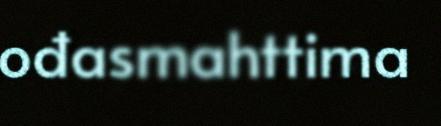
ođasmahttima